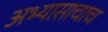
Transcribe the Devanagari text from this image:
अभ्यासाचाच